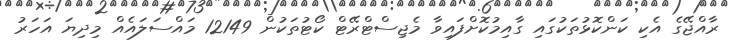
ރާއްޖޭގެ އެކި ކަންކޮޅުތަކުގައި ގާއިމުކޮށްފައިވާ މެޖިސްޓްރޭޓް ކޯޓުތަކުން 12149 މައްސަލައެއް މިދިޔަ އަހަރު